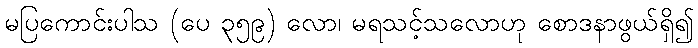
မပြကောင်းပါသ (ပေ ၃၅၉) လော၊ မရသင့်သလောဟု စောဒနာဖွယ်ရှိ၍